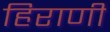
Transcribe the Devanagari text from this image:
हिराणी